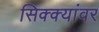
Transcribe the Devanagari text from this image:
सिक्क्यांवर